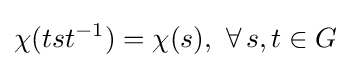
\chi (tst^{-1})=\chi (s),\,\,\forall \,s,t\in G